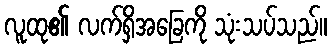
လူထု၏ လက်ရှိအခြေကို သုံးသပ်သည်။